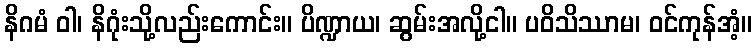
နိဂမံ ဝါ၊ နိဂုံးသို့လည်းကောင်း။ ပိဏ္ဍာယ၊ ဆွမ်းအလို့ငါ။ ပဝိသိဿာမ၊ ဝင်ကုန်အံ့။